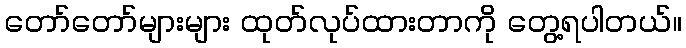
တော်တော်များများ ထုတ်လုပ်ထားတာကို တွေ့ရပါတယ်။